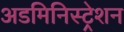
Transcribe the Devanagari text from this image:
अडमिनिस्ट्रेशन